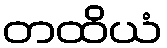
တထိယံ